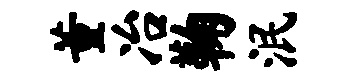
董冶鞠泯